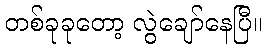
တစ်ခုခုတော့ လွဲချော်နေပြီ။